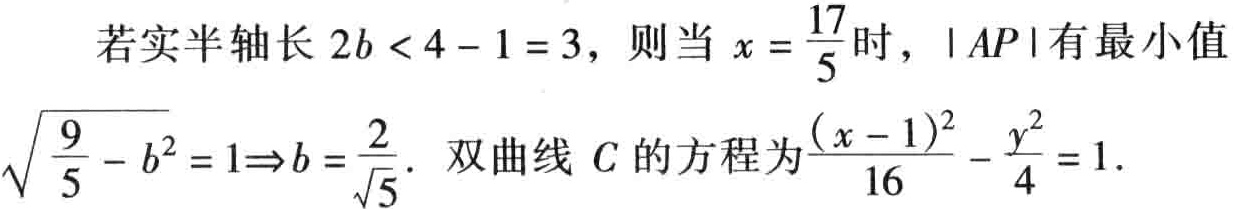
若实半轴长 \(2b < 4 - 1 = 3\)，则当 \(x = \frac{17}{5}\)时，\(\vert AP\vert\)有最小值\(\sqrt{\frac{9}{5} - b^{2}} = 1\Rightarrow b = \frac{2}{\sqrt{5}}\). 双曲线 \(C\)的方程为\(\frac{(x - 1)^{2}}{16} - \frac{y^{2}}{4} = 1\).